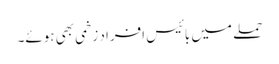
حملے میں بائیس افراد زخمی بھی ہوئے۔